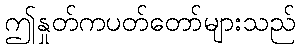
ဤနှုတ်ကပတ်တော်များသည်